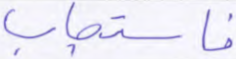
فاستجاب